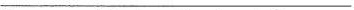
___